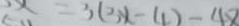
5 x = 3 ( 3 x - 4 ) - 4 8